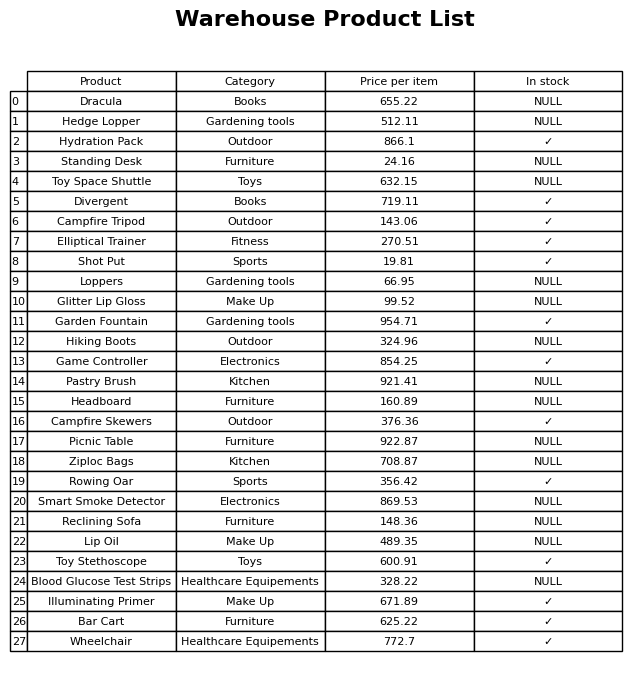
question: What is the price of the Dracula?
answer: The price of Dracula is 655.22.